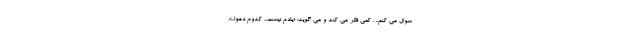
سوال می کنم.. . کمی فکر می کند و می گوید: «یادم نیست... کدوم دعوا...».